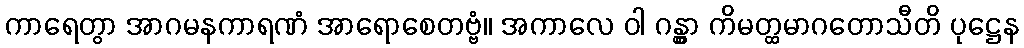
ကာရေတွာ အာဂမနကာရဏံ အာရောစေတဗ္ဗံ။ အကာလေ ဝါ ဂန္တွာ ကိမတ္ထမာဂတောသီတိ ပုဋ္ဌေန